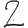
Digit: 2